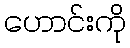
ဟောင်းကို